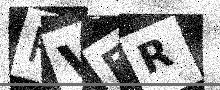
Text: RVER